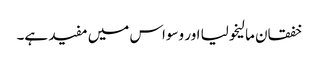
خفقان مالیخولیا اور وسواس میں مفید ہے۔